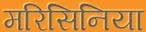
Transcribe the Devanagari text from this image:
मरिसिनिया